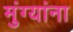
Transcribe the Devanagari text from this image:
मुंग्यांना